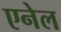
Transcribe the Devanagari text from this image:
एनेल